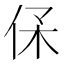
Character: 𠈃